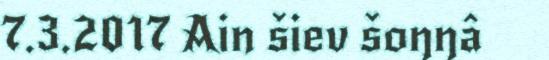
7.3.2017 Ain šiev šoŋŋâ